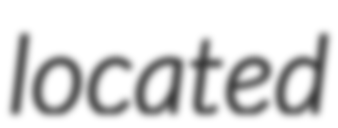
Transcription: located